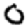
Digit: 0